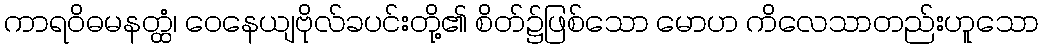
ကာရဝိဓမနတ္ထံ၊ ဝေနေယျဗိုလ်ခပင်းတို့၏ စိတ်၌ဖြစ်သော မောဟ ကိလေသာတည်းဟူသော